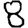
Digit: 8